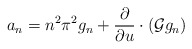
\begin{align*}a_n = n^2 \pi^2 g_n + \frac \partial {\partial u} \cdot (\mathcal{G} g_n) \end{align*}